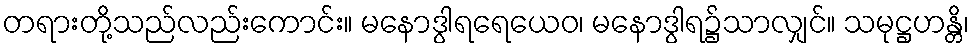
တရားတို့သည်လည်းကောင်း။ မနောဒွါရရေယေဝ၊ မနောဒွါရ၌သာလျှင်။ သမုဋ္ဌဟန္တိ၊